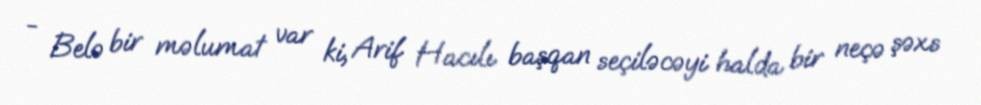
- Belə bir məlumat var ki, Arif Hacılı başqan seçiləcəyi halda bir neçə şəxs